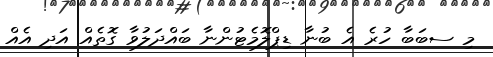
މި ސބަބާ ހުރެ އެ ބުނާ ޑިޕްލޮމެޓުންނާ ބައްދަލުވާ ގޮތެއް އަދި އެއް